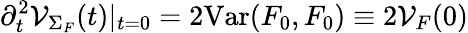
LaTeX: \partial_{t}^{2}{\cal V}_{\Sigma_{F}}(t)|_{t=0}=2\mathrm{Var}(F_{0},F_{0})\equiv 2{\cal V}_{F}(0)